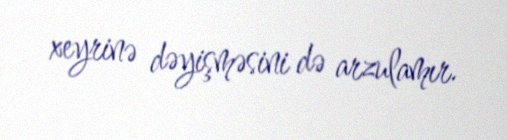
xeyrinə dəyişməsini də arzulamır.